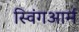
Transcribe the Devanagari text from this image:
स्विंगआर्म